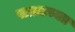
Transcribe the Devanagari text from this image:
सम्राटच्याा